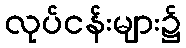
လုပ်ငန်းများ၌